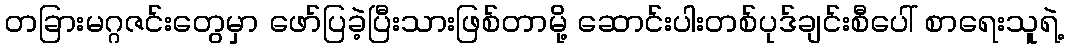
တခြားမဂ္ဂဇင်းတွေမှာ ဖော်ပြခဲ့ပြီးသားဖြစ်တာမို့ ဆောင်းပါးတစ်ပုဒ်ချင်းစီပေါ် စာရေးသူရဲ့